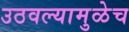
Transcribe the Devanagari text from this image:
उठवल्यामुळेच